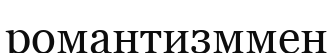
романтизммен